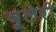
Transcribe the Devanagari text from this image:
वूलेरी